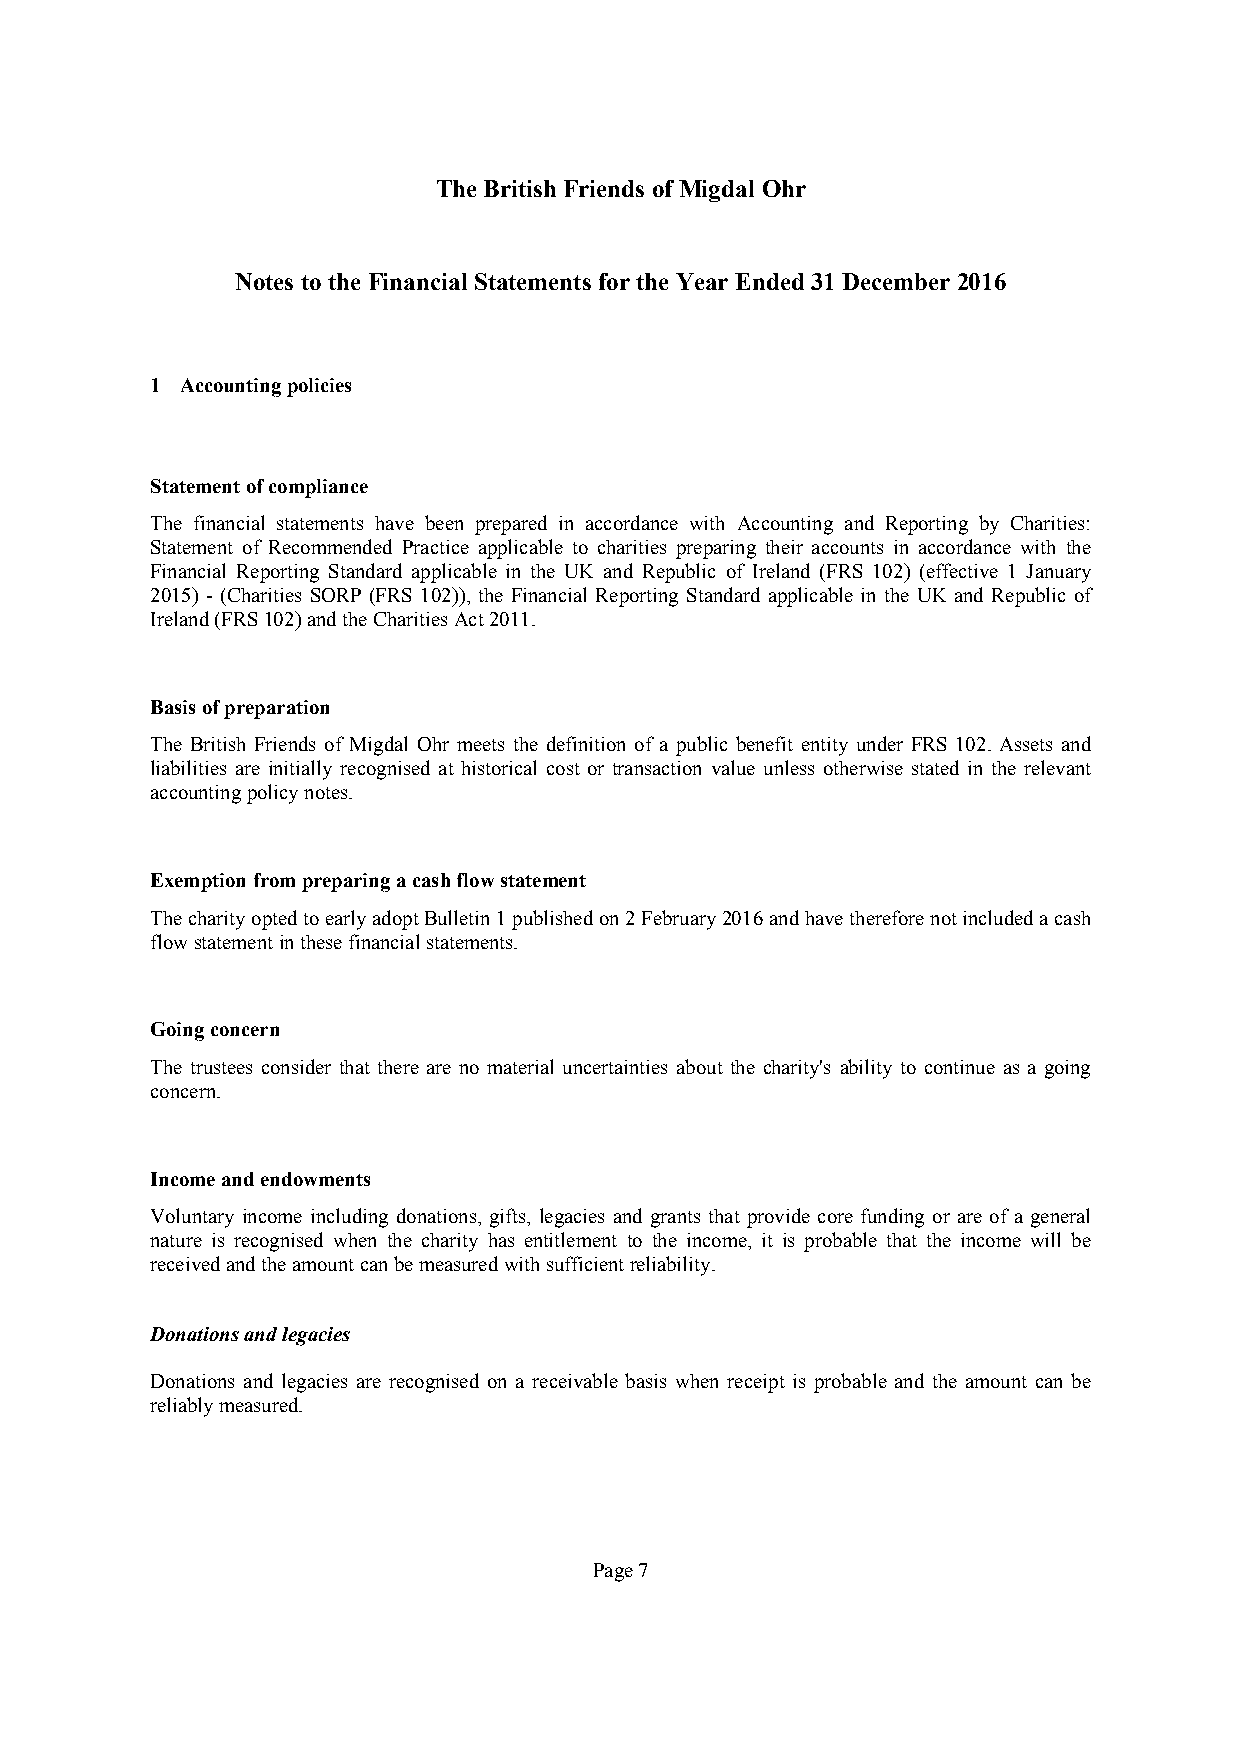
TheBritish Friends ofMigdal Ohr
 Notes tothe Financial Statements forthe Year Ended31December 2016
 1 Accountingpolicies
 Statementofcompliance
 The financial statements have been prepared in accordance with Accounting and Reporting by Charities:
 Statement of Recommended Practice applicable to charities preparing their accounts in accordance with the
 Financial Reporting Standard applicable in the UK and Republic of Ireland (FRS 102) (effective 1 January
 2015) - (Charities SORP (FRS 102)), the Financial Reporting Standard applicable in the UK and Republic of
 Ireland(FRS102)andtheCharitiesAct2011.
 Basisofpreparation
 The British Friends of Migdal Ohr meets the definition of a public benefit entity under FRS 102. Assets and
 liabilities are initially recognised at historical cost or transaction value unless otherwise stated in the relevant
 accountingpolicynotes.
 Exemptionfrompreparingacashflowstatement
 ThecharityoptedtoearlyadoptBulletin1publishedon2February2016andhavethereforenotincludedacash
 flowstatementinthesefinancialstatements.
 Goingconcern
 The trustees consider that there are no material uncertainties about the charity's ability to continue as a going
 concern.
 Incomeandendowments
 Voluntary income including donations, gifts, legacies and grants that provide core funding or are of a general
 nature is recognised when the charity has entitlement to the income, it is probable that the income will be
 receivedandtheamountcanbemeasuredwithsufficientreliability.
 Donationsandlegacies
 Donations and legacies are recognised on a receivable basis when receipt is probable and the amount can be
 reliablymeasured.
 Page7